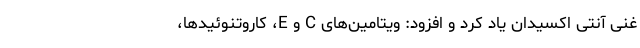
غنی آنتی اکسیدان یاد کرد و افزود: ویتامین‌های C و E، کاروتنوئیدها،